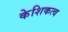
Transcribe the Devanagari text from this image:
केशिकत्व